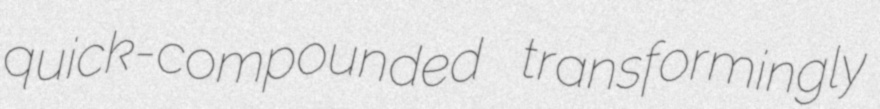
quick-compounded transformingly